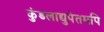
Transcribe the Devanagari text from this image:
कुंडलाद्युपेतमपि